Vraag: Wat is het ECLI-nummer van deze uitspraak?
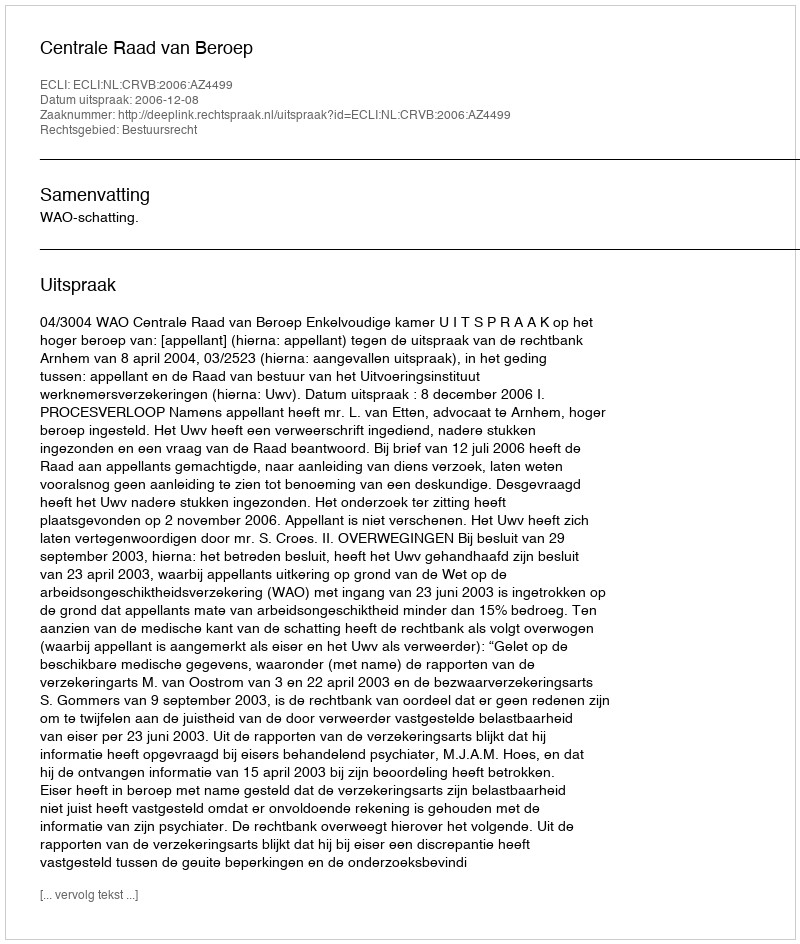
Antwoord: ECLI:NL:CRVB:2006:AZ4499